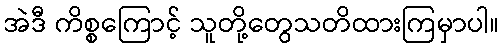
အဲဒီ ကိစ္စကြောင့် သူတို့တွေသတိထားကြမှာပါ။